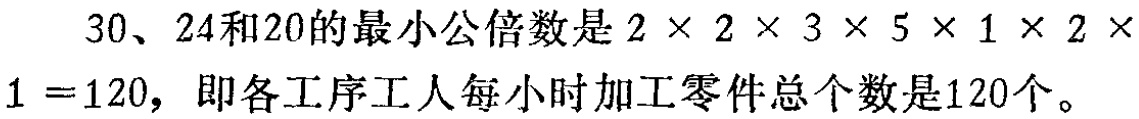
\(30、24和20的最小公倍数是2\times 2\times 3\times 5\times 1\times 2\times 1 =120，即各工序工人每小时加工零件总个数是120个。\)